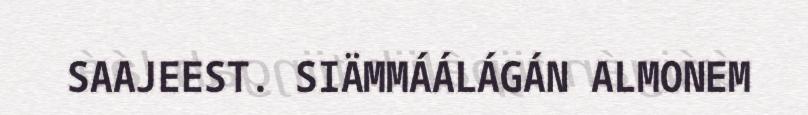
SAAJEEST. SIÄMMÁÁLÁGÁN ALMONEM